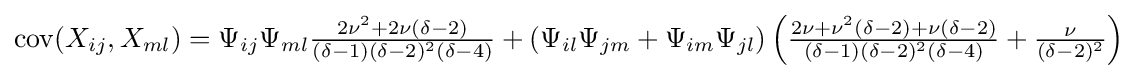
\operatorname {cov} (X_{ij},X_{ml})=\Psi _{ij}\Psi _{ml}{\tfrac {2\nu ^{2}+2\nu (\delta -2)}{(\delta -1)(\delta -2)^{2}(\delta -4)}}+(\Psi _{il}\Psi _{jm}+\Psi _{im}\Psi _{jl})\left({\tfrac {2\nu +\nu ^{2}(\delta -2)+\nu (\delta -2)}{(\delta -1)(\delta -2)^{2}(\delta -4)}}+{\tfrac {\nu }{(\delta -2)^{2}}}\right)